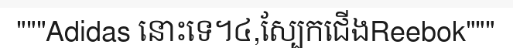
"""Adidas នោះទេ។៤,ស្បែកជើងReebok"""